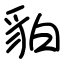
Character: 貃